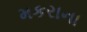
મકરાના